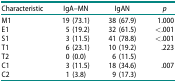
| Characteristic | IgA–MN | IgAN | p |
 | --- | --- | --- | --- |
 | M1 | 19 (73.1) | 38 (67.9) | 1.000 |
 | E1 | 5 (19.2) | 32 (61.5) | <.001 |
 | S1 | 3 (11.5) | 41 (78.8) | <.001 |
 | T1 | 6 (23.1) | 10 (19.2) | .223 |
 | T2 | 0 (0.0) | 6 (11.5) |  |
 | C1 | 3 (11.5) | 18 (34.6) | .007 |
 | C2 | 1 (3.8) | 9 (17.3) |  |